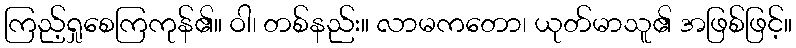
ကြည့်ရှုစေကြကုန်၏။ ဝါ၊ တစ်နည်း။ လာမကတော၊ ယုတ်မာသူ၏ အဖြစ်ဖြင့်။